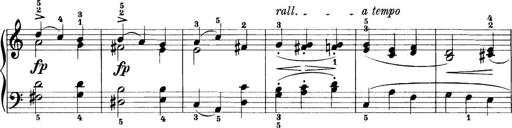
Title: 11 Sonatinas
Composer: Anton Diabelli